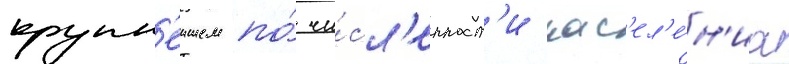
крупн'еишем по́ чи́сл'енност'и нас'ел'е́н'иа